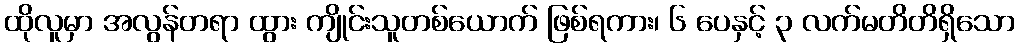
ထိုလူမှာ အလွန်တရာ ထွား ကျိုင်းသူတစ်ယောက် ဖြစ်ရကား၊ ၆ ပေနှင့် ၃ လက်မတိတိရှိသော